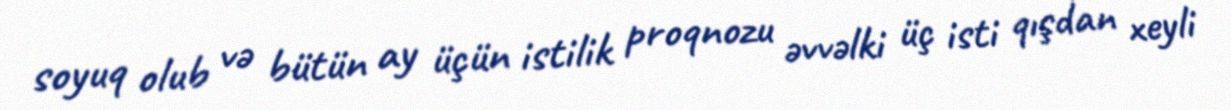
soyuq olub və bütün ay üçün istilik proqnozu əvvəlki üç isti qışdan xeyli